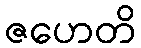
ဇဟေတိ